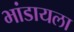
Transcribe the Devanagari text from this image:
भांडायला